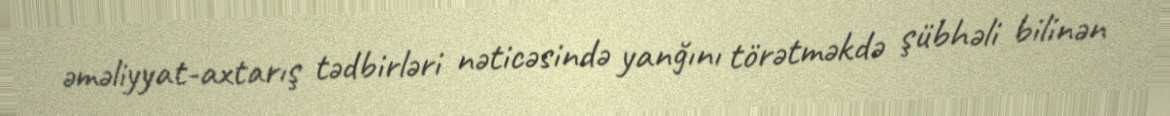
əməliyyat-axtarış tədbirləri nəticəsində yanğını törətməkdə şübhəli bilinən